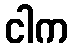
ငါက